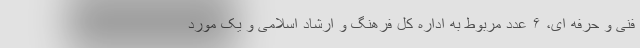
فنی و حرفه ای، ۶ عدد مربوط به اداره کل فرهنگ و ارشاد اسلامی و یک مورد